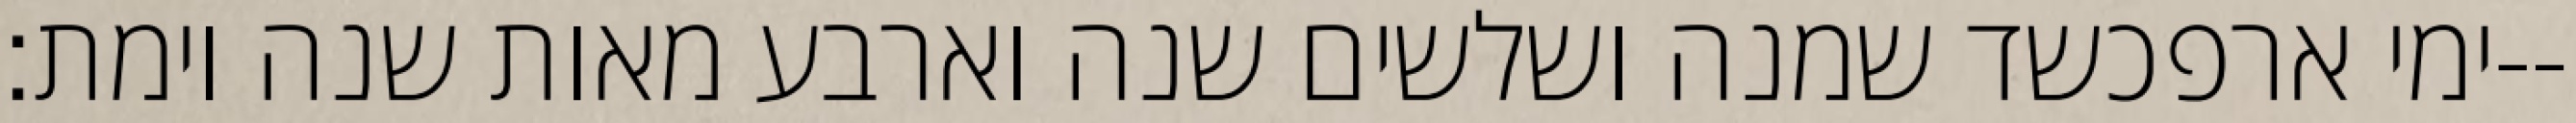
ימי ארפכשד שמנה ושלשים שנה וארבע מאות שנה וימת׃--